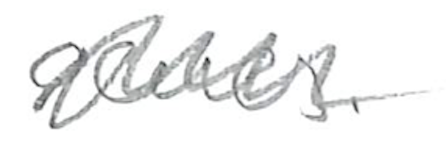
Text: genes.
Cross-out: zig-zag
Writing tool: pencil